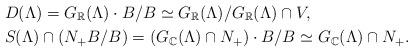
LaTeX: \begin{align*}&D(\Lambda)=G_{\mathbb{R}}(\Lambda)\cdot B/B\simeq G_{\mathbb{R}}(\Lambda)/G_{\mathbb{R}}(\Lambda)\cap V,\\&S(\Lambda)\cap (N_+B/B)=(G_{\mathbb{C}}(\Lambda)\cap N_+)\cdot B/B\simeq G_{\mathbb{C}}(\Lambda)\cap N_+.\end{align*}